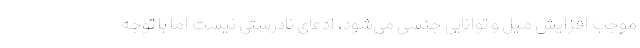
موجب افزایش میل و توانایی جنسی می‌شود، ادعای نادرستی نیست اما با توجه